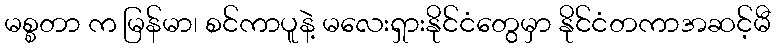
မစ္စတာ က မြန်မာ၊ စင်ကာပူနဲ့ မလေးရှားနိုင်ငံတွေမှာ နိုင်ငံတကာအဆင့်မီ